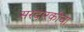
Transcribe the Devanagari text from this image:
सरदारकीचा